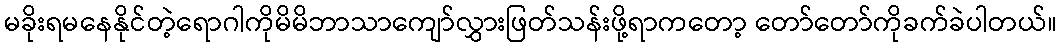
မခိုးရမနေနိုင်တဲ့ရောဂါကိုမိမိဘာသာကျော်လွှားဖြတ်သန်းဖို့ရာကတော့ တော်တော်ကိုခက်ခဲပါတယ်။